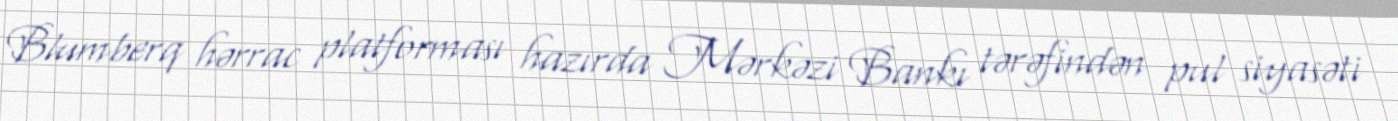
Blumberq hərrac platforması hazırda Mərkəzi Bankı tərəfindən pul siyasəti